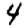
Digit: 4